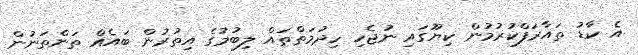
އެ ކާޑު ތައާރަފްކުރުމުން ކިޔޫގައި ނުޖެހި ހިދުމަތްތައް ލިބުމުގެ އިތުރުން ބައެއް ތަންތަނުން